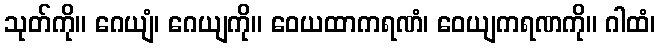
သုတ်ကို။ ဂေယျံ၊ ဂေယျကို။ ဝေယထာကရဏံ၊ ဝေယျကရဏကို။ ဂါထံ၊